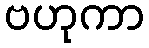
ဗဟုကာ